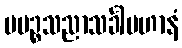
ပပဉ္စသညာသင်္ခါပဟာနံ